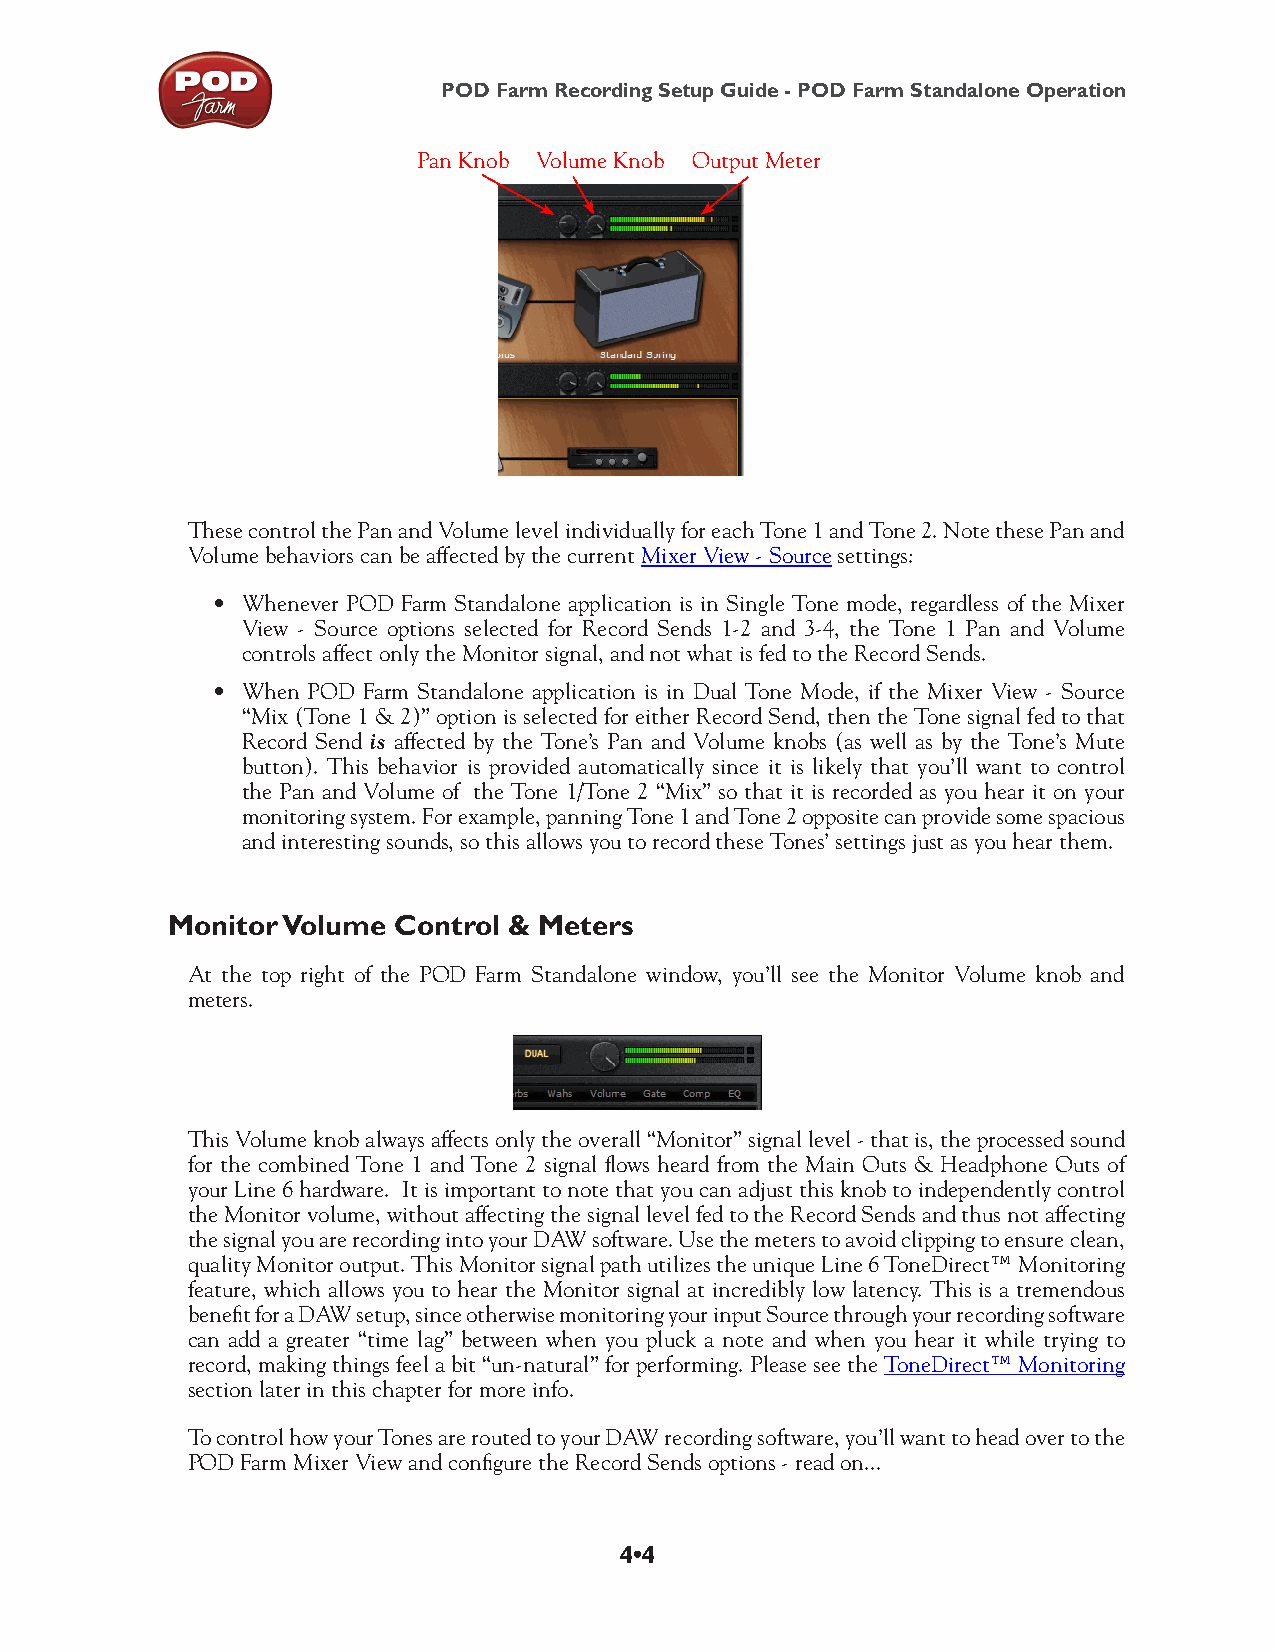
POD Farm Recording Setup Guide - POD Farm Standalone Operation
 Pan Knob Volume Knob Output Meter
 These control the Pan and Volume level individually for each Tone 1 and Tone 2. Note these Pan and
 Volume behaviors can be affected by the current Mixer View - Source settings:
 • Whenever POD Farm Standalone application is in Single Tone mode, regardless of the Mixer
 View - Source options selected for Record Sends 1-2 and 3-4, the Tone 1 Pan and Volume
 controls affect only the Monitor signal, and not what is fed to the Record Sends.
 • When POD Farm Standalone application is in Dual Tone Mode, if the Mixer View - Source
 “Mix (Tone 1 & 2)” option is selected for either Record Send, then the Tone signal fed to that
 Record Send is affected by the Tone’s Pan and Volume knobs (as well as by the Tone’s Mute
 button). This behavior is provided automatically since it is likely that you’ll want to control
 the Pan and Volume of the Tone 1/Tone 2 “Mix” so that it is recorded as you hear it on your
 monitoring system. For example, panning Tone 1 and Tone 2 opposite can provide some spacious
 and interesting sounds, so this allows you to record these Tones’ settings just as you hear them.
 Monitor Volume Control & Meters
 At the top right of the POD Farm Standalone window, you’ll see the Monitor Volume knob and
 meters.
 This Volume knob always affects only the overall “Monitor” signal level - that is, the processed sound
 for the combined Tone 1 and Tone 2 signal flows heard from the Main Outs & Headphone Outs of
 your Line 6 hardware. It is important to note that you can adjust this knob to independently control
 the Monitor volume, without affecting the signal level fed to the Record Sends and thus not affecting
 the signal you are recording into your DAW software. Use the meters to avoid clipping to ensure clean,
 quality Monitor output. This Monitor signal path utilizes the unique Line 6 ToneDirect™ Monitoring
 feature, which allows you to hear the Monitor signal at incredibly low latency. This is a tremendous
 benefit for a DAW setup, since otherwise monitoring your input Source through your recording software
 can add a greater “time lag” between when you pluck a note and when you hear it while trying to
 record, making things feel a bit “un-natural” for performing. Please see the ToneDirect™ Monitoring
 section later in this chapter for more info.
 To control how your Tones are routed to your DAW recording software, you’ll want to head over to the
 POD Farm Mixer View and configure the Record Sends options - read on...
 4•4